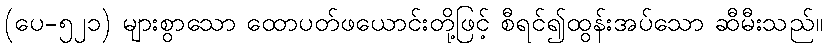
(ပေ-၅၂၁) များစွာသော ထောပတ်ဖယောင်းတို့ဖြင့် စီရင်၍ထွန်းအပ်သော ဆီမီးသည်။